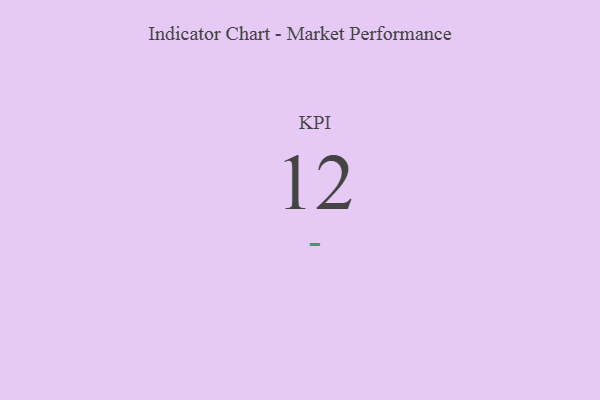
{"axis": {"x": "KPI", "y": "Value"}, "legend": [""], "data": [{"x": "KPI", "y": 12, "type": ""}]}